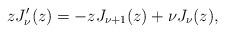
LaTeX: \begin{align*}zJ_{\nu}'(z)=-zJ_{\nu+1}(z)+\nu J_{\nu}(z),\end{align*}